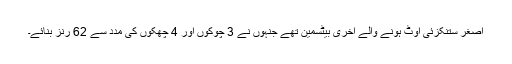
اصغر ستنکزئی آؤٹ ہونے والے آخری بیٹسمین تھے جنہوں نے 3 چوکوں اور 4 چھکوں کی مدد سے 62 رنز بنائے۔